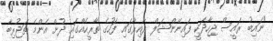
"ނައިބު ރައީސް ޖިހާދަކީ ފައިނޭންޝަލް ދާއިރާގައި ފަހުގެ ތާރީހެއްގައި ދުށް އެންމެ ތަޖުރިބާ